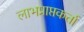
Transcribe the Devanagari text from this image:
लाभप्राप्तकर्ता